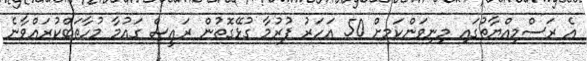
އެ ރަސްމިއްޔާތުގައި މިނިވަންކަމށް 50 އަަހަރު ފުރުމާ ގުޅޭގޮތުން ރައީސް ގައުމާ މުހާތަބްކުރައްވާނެ